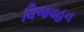
વિજવહન